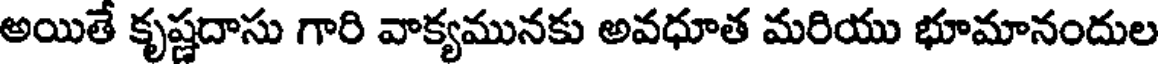
అయితే కృష్ణదాసు గారి వాక్యమునకు అవధూత మరియు భూమానందుల